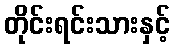
တိုင်းရင်းသားနှင့်